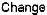
CHANGE